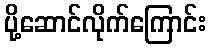
ပို့ဆောင်လိုက်ကြောင်း